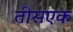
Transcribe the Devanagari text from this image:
तीसएक